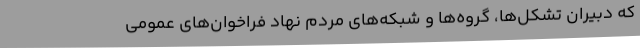
که دبیران تشکل‌ها، گروه‌ها و شبکه‌های مردم نهاد فراخوان‌های عمومی